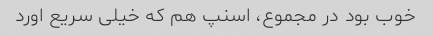
خوب بود در مجموع، اسنپ هم که خیلی سریع اورد